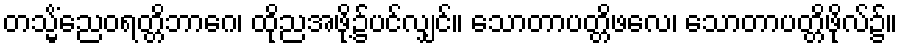
တသ္မိံညေဝရတ္တိဘာဂေ၊ ထိုညအဖို့၌ပင်လျှင်။ သောတာပတ္တိဖလေ၊ သောတာပတ္တိဖိုလ်၌။